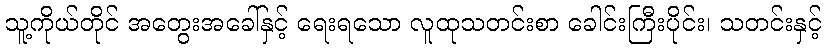
သူ့ကိုယ်တိုင် အတွေးအခေါ်နှင့် ရေးရသော လူထုသတင်းစာ ခေါင်းကြီးပိုင်း၊ သတင်းနှင့်